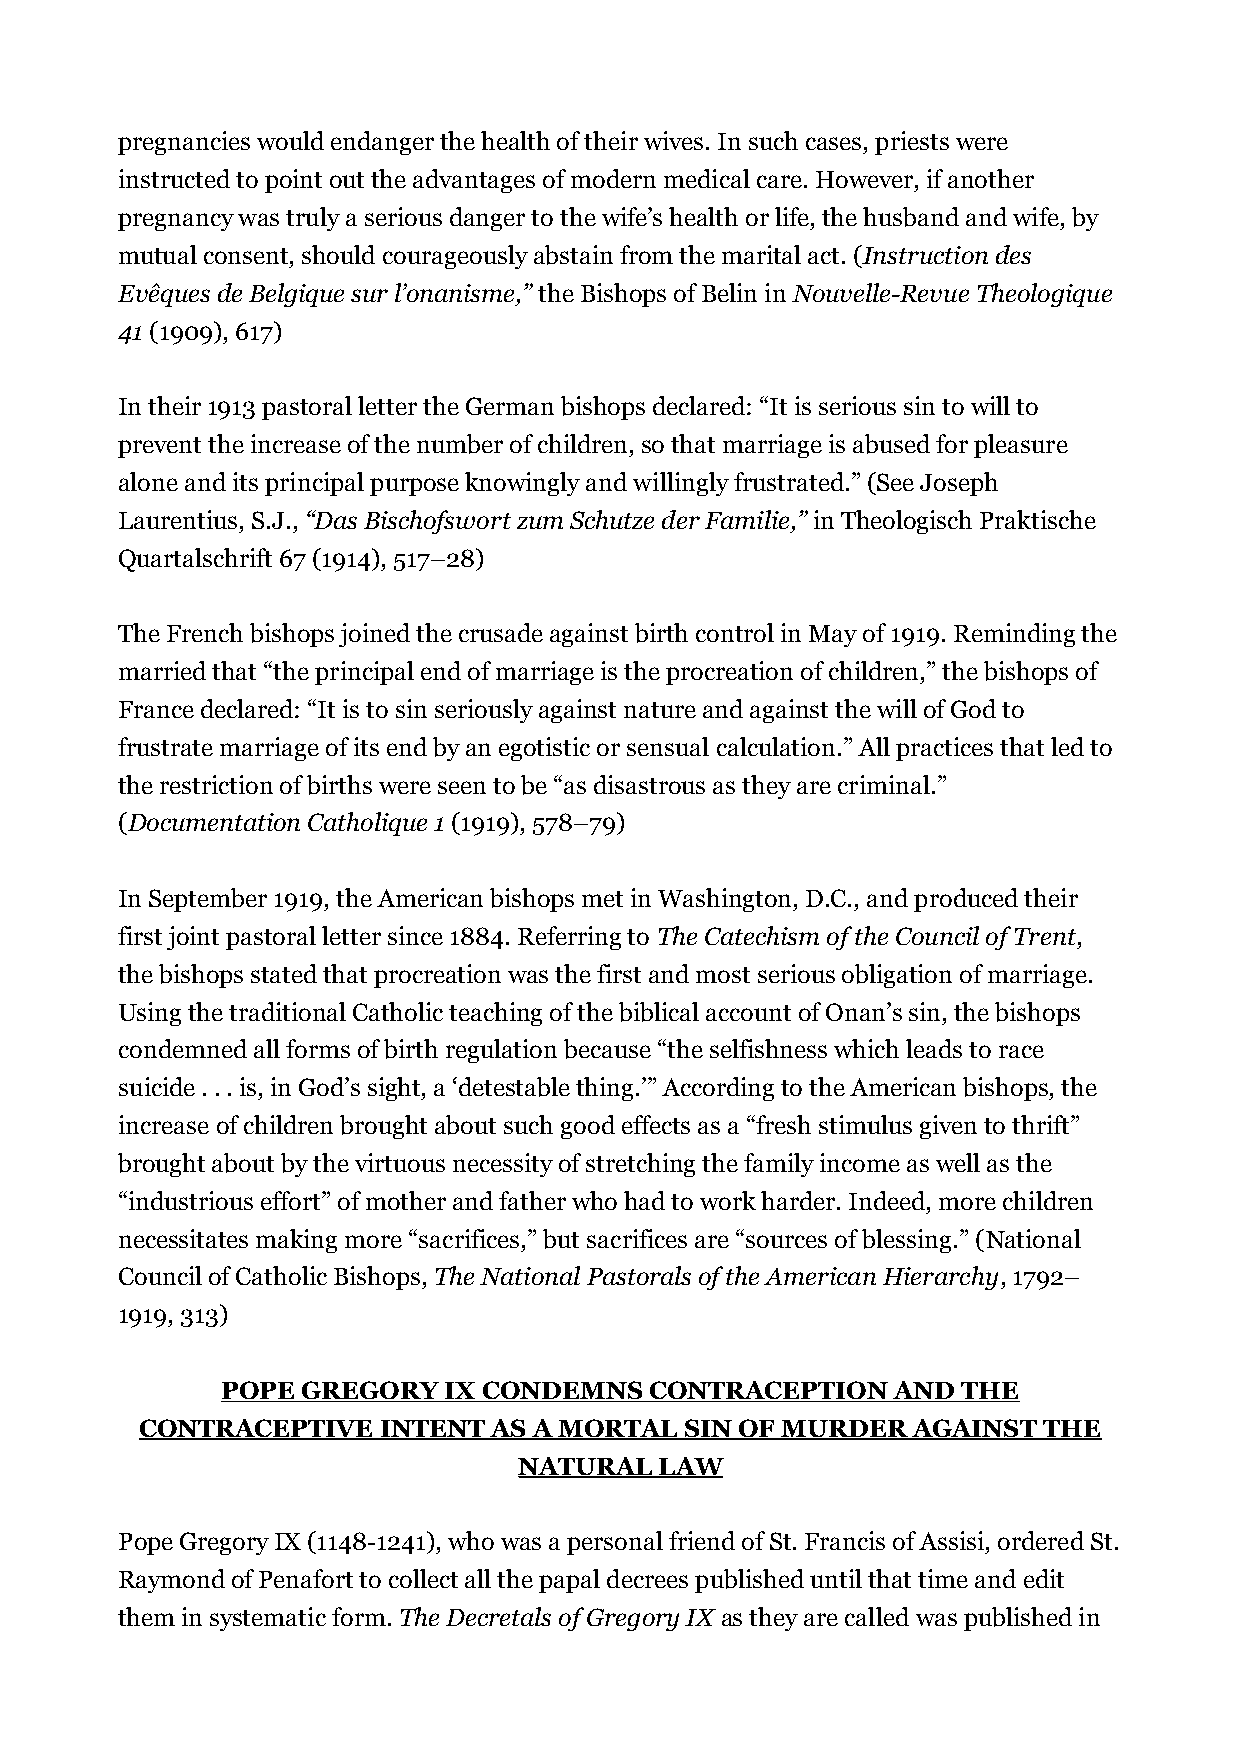
pregnancies would endanger the health of their wives. In such cases, priests were
 instructed to point out the advantages of modern medical care. However, if another
 pregnancy was truly a serious danger to the wife’s health or life, the husband and wife, by
 mutual consent, should courageously abstain from the marital act. (Instruction des
 Evêques de Belgique sur l’onanisme,” the Bishops of Belin in Nouvelle-Revue Theologique
 41 (1909), 617)
 In their 1913 pastoral letter the German bishops declared: “It is serious sin to will to
 prevent the increase of the number of children, so that marriage is abused for pleasure
 alone and its principal purpose knowingly and willingly frustrated.” (See Joseph
 Laurentius, S.J., “Das Bischofswort zum Schutze der Familie,” in Theologisch Praktische
 Quartalschrift 67 (1914), 517–28)
 The French bishops joined the crusade against birth control in May of 1919. Reminding the
 married that “the principal end of marriage is the procreation of children,” the bishops of
 France declared: “It is to sin seriously against nature and against the will of God to
 frustrate marriage of its end by an egotistic or sensual calculation.” All practices that led to
 the restriction of births were seen to be “as disastrous as they are criminal.”
 (Documentation Catholique 1 (1919), 578–79)
 In September 1919, the American bishops met in Washington, D.C., and produced their
 first joint pastoral letter since 1884. Referring to The Catechism of the Council of Trent,
 the bishops stated that procreation was the first and most serious obligation of marriage.
 Using the traditional Catholic teaching of the biblical account of Onan’s sin, the bishops
 condemned all forms of birth regulation because “the selfishness which leads to race
 suicide . . . is, in God’s sight, a ‘detestable thing.’” According to the American bishops, the
 increase of children brought about such good effects as a “fresh stimulus given to thrift”
 brought about by the virtuous necessity of stretching the family income as well as the
 “industrious effort” of mother and father who had to work harder. Indeed, more children
 necessitates making more “sacrifices,” but sacrifices are “sources of blessing.” (National
 Council of Catholic Bishops, The National Pastorals of the American Hierarchy, 1792–
 1919, 313)
 POPE GREGORY  IX CONDEMNS   CONTRACEPTION   AND  THE
 CONTRACEPTIVE   INTENT  AS A MORTAL SIN OF MURDER  AGAINST  THE
 NATURAL   LAW
 Pope Gregory IX (1148-1241), who was a personal friend of St. Francis of Assisi, ordered St.
 Raymond of Penafort to collect all the papal decrees published until that time and edit
 them in systematic form. The Decretals of Gregory IX as they are called was published in